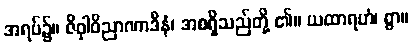
အရပ်၌။ ဇိဝှါဝိညာဏာဒီနံ၊ အစရှိသည်တို့ ၏။ ယထာရဟံ၊ စွာ။